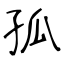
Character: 孤